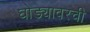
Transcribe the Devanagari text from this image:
घोड्यावरची